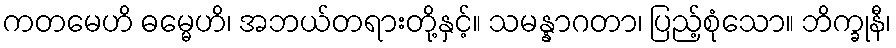
ကတမေဟိ ဓမ္မေဟိ၊ အဘယ်တရားတို့နှင့်။ သမန္နာဂတာ၊ ပြည့်စုံသော။ ဘိက္ခုနီ၊